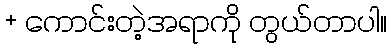
+ ကောင်းတဲ့အရာကို တွယ်တာပါ။